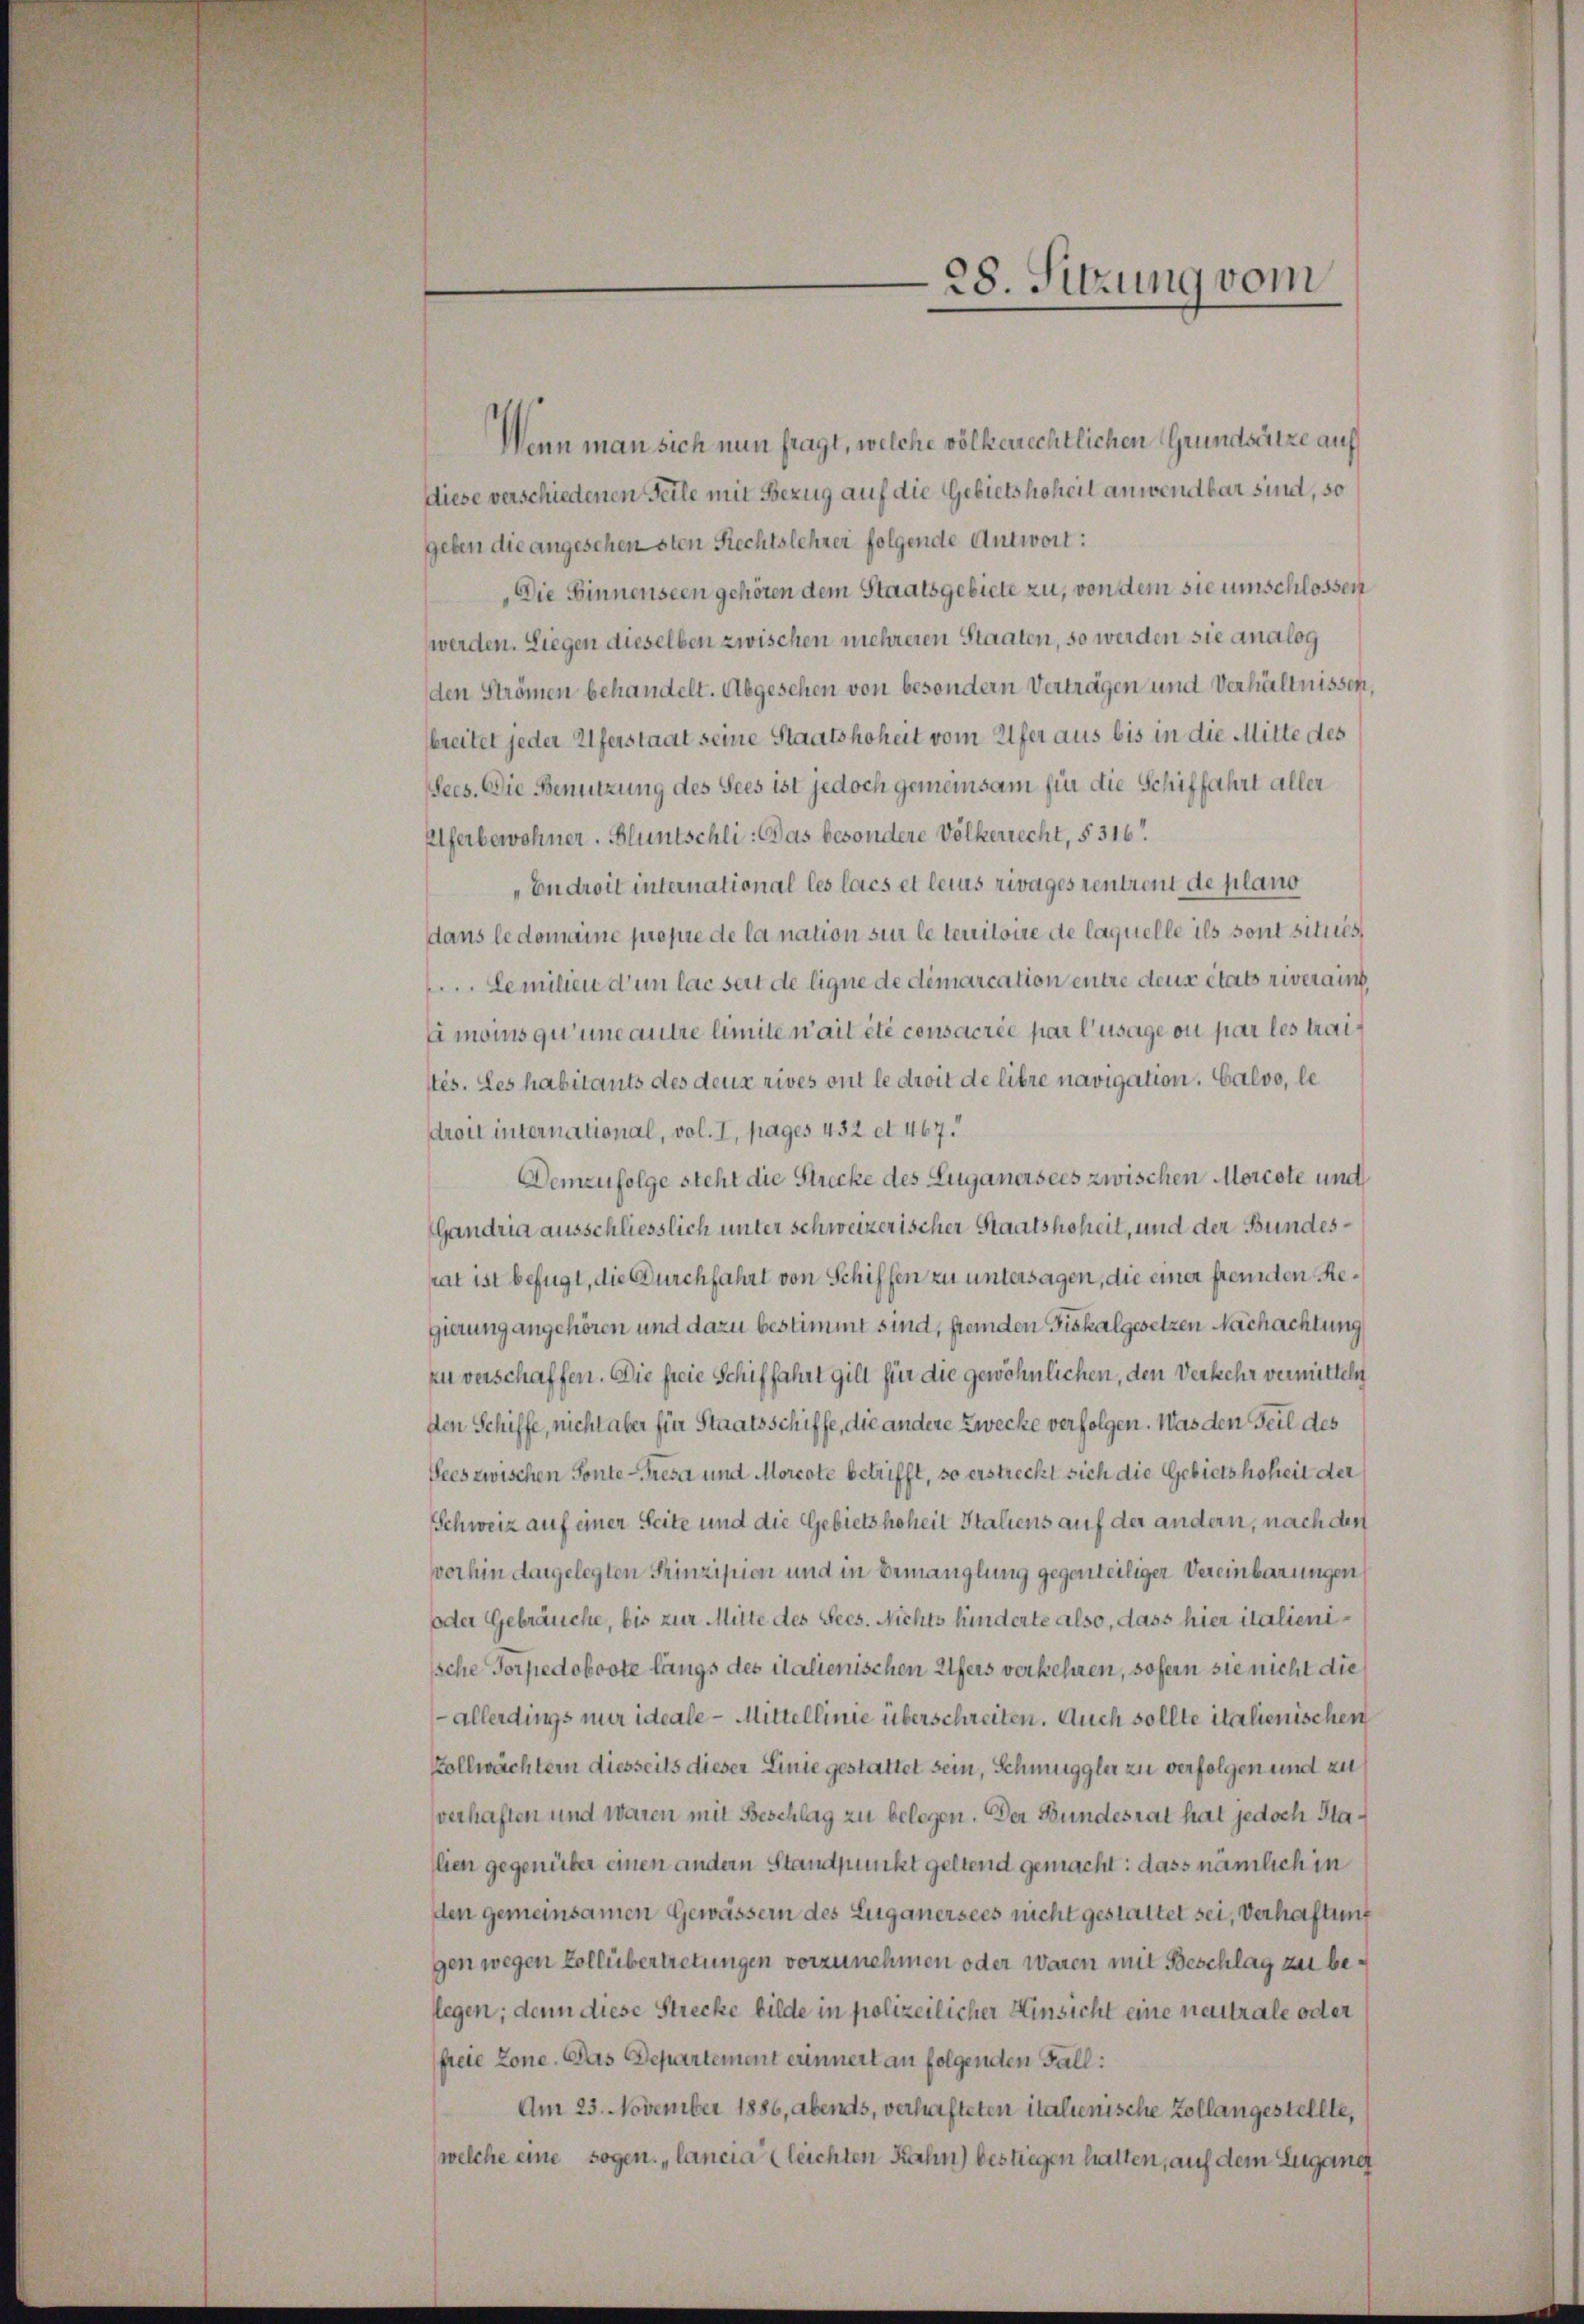
28. Sitzung vom

Wenn man sich nun fragt, welche völkerrechtlichen Grundsätze auf
diese verschiedenen Teile mit Bezug auf die Gebietshoheit anwendbar sind, so
geben die angeschen sten Rechtslehrer folgende Antwort:
Die Einnenseen gehören dem Staatsgebiete zu, von dem sie umschlossen
werden. Liegen dieselben zwischen mehreren Staaten, so werden sie analog
den Strömen behandelt. Abgesehen von besondern Verträgen und Verhältnissen,
breitet jeder Uferstaat seine Staatshoheit vom Ufer aus bis in die Mitte des
Sees. Die Benutzung des Sees ist jedoch gemeinsam für die Schiffahrt aller
Elferbewohner. Bluntschli: Das besondere Völkerrecht, § 316
„Endroit international les lacs et leius zivages rentrent de plano
dans le domaine propre de la nation sie le territoire de laquelle ils sont situés,
Lemilien d’un lac seit de ligne de démarcation entre deus états riverains
Eimoins qu’une autre limite n’ait été consacrée par Zusage ou par les traistés. Les habitants des deux rives ont le droit de libre navigation. Galoo, le
droit international, vol. I, pages 432 et 467.
Demzufolge steht die Strecke des Luganersees zwischen Morcote und
Gandria ausschliesslich unter schweizerischer Staatshoheit, und der Bundesrat ist befugt, die Durchfahrt von Schiffen zu untersagen, die einer fremden Regierung angehören und dazu bestimmt sind, feinden Fiskalgesetzen Nachachtung
zu verschaffen. Die freie Schiffahrt gilt für die gewöhnlichen, den Verkehr vermitteln
den Schiffe, nicht aber für Staatsschiffe, die andere Zwecke verfolgen. Was den Teil des
Sees zwischen Sonte Gresa und Morcote betrifft, so erstreckt sich die Gebietshoheit der
Schweiz auf einer Seite und die Gebietshoheit Italiens auf der andern, nach den
vorhin dargelegten Prinzipien und in Ermanglung gegenteiliger Vereinbarungen
oder Gebräuche, bis zur Mitte des Sees. Nichts hinderte also, dass hier italienische Torpedoboote längs des italienischen Ufers verkehren, sofern sie nicht die
-allerdings nur ideale - Mittellinie überschreiten. Auch sollte italienischen
Vollwächtern diesseits dieser Linie gestattet sein, Schmuggler zu verfolgen und zu
verhaften und waren mit Beschlag zu belegen. Der Bundesrat hat jedoch Stalien gegenüber einen andern Standpunkt geltend gemacht: dass nämlich in
den gemeinsamen Gewässern des Luganersees nicht gestattet sei, Verhaftung
gen wegen Vollübertretungen vorzunehmen oder waren mit Beschlag zu belegen; denn diese Strecke bilde in polizeilicher Hinsicht eine neutrale oder
freie Lone. Das Departement erinnert an folgenden Fall:
Am 23. November 1886, abends, verhafteten italienische Zollangestellte,
welche eine sogen. „lancia (leichten Rahn) bestiegen hatten, auf dem Lugang